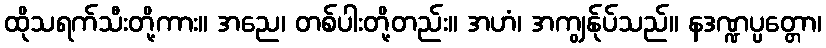
ထိုသရက်သီးတို့ကား။ အညေ၊ တစ်ပါးတို့တည်း။ အဟံ၊ အကျွန်ုပ်သည်။ နဒဏ္ဍပ္ပတ္တော၊